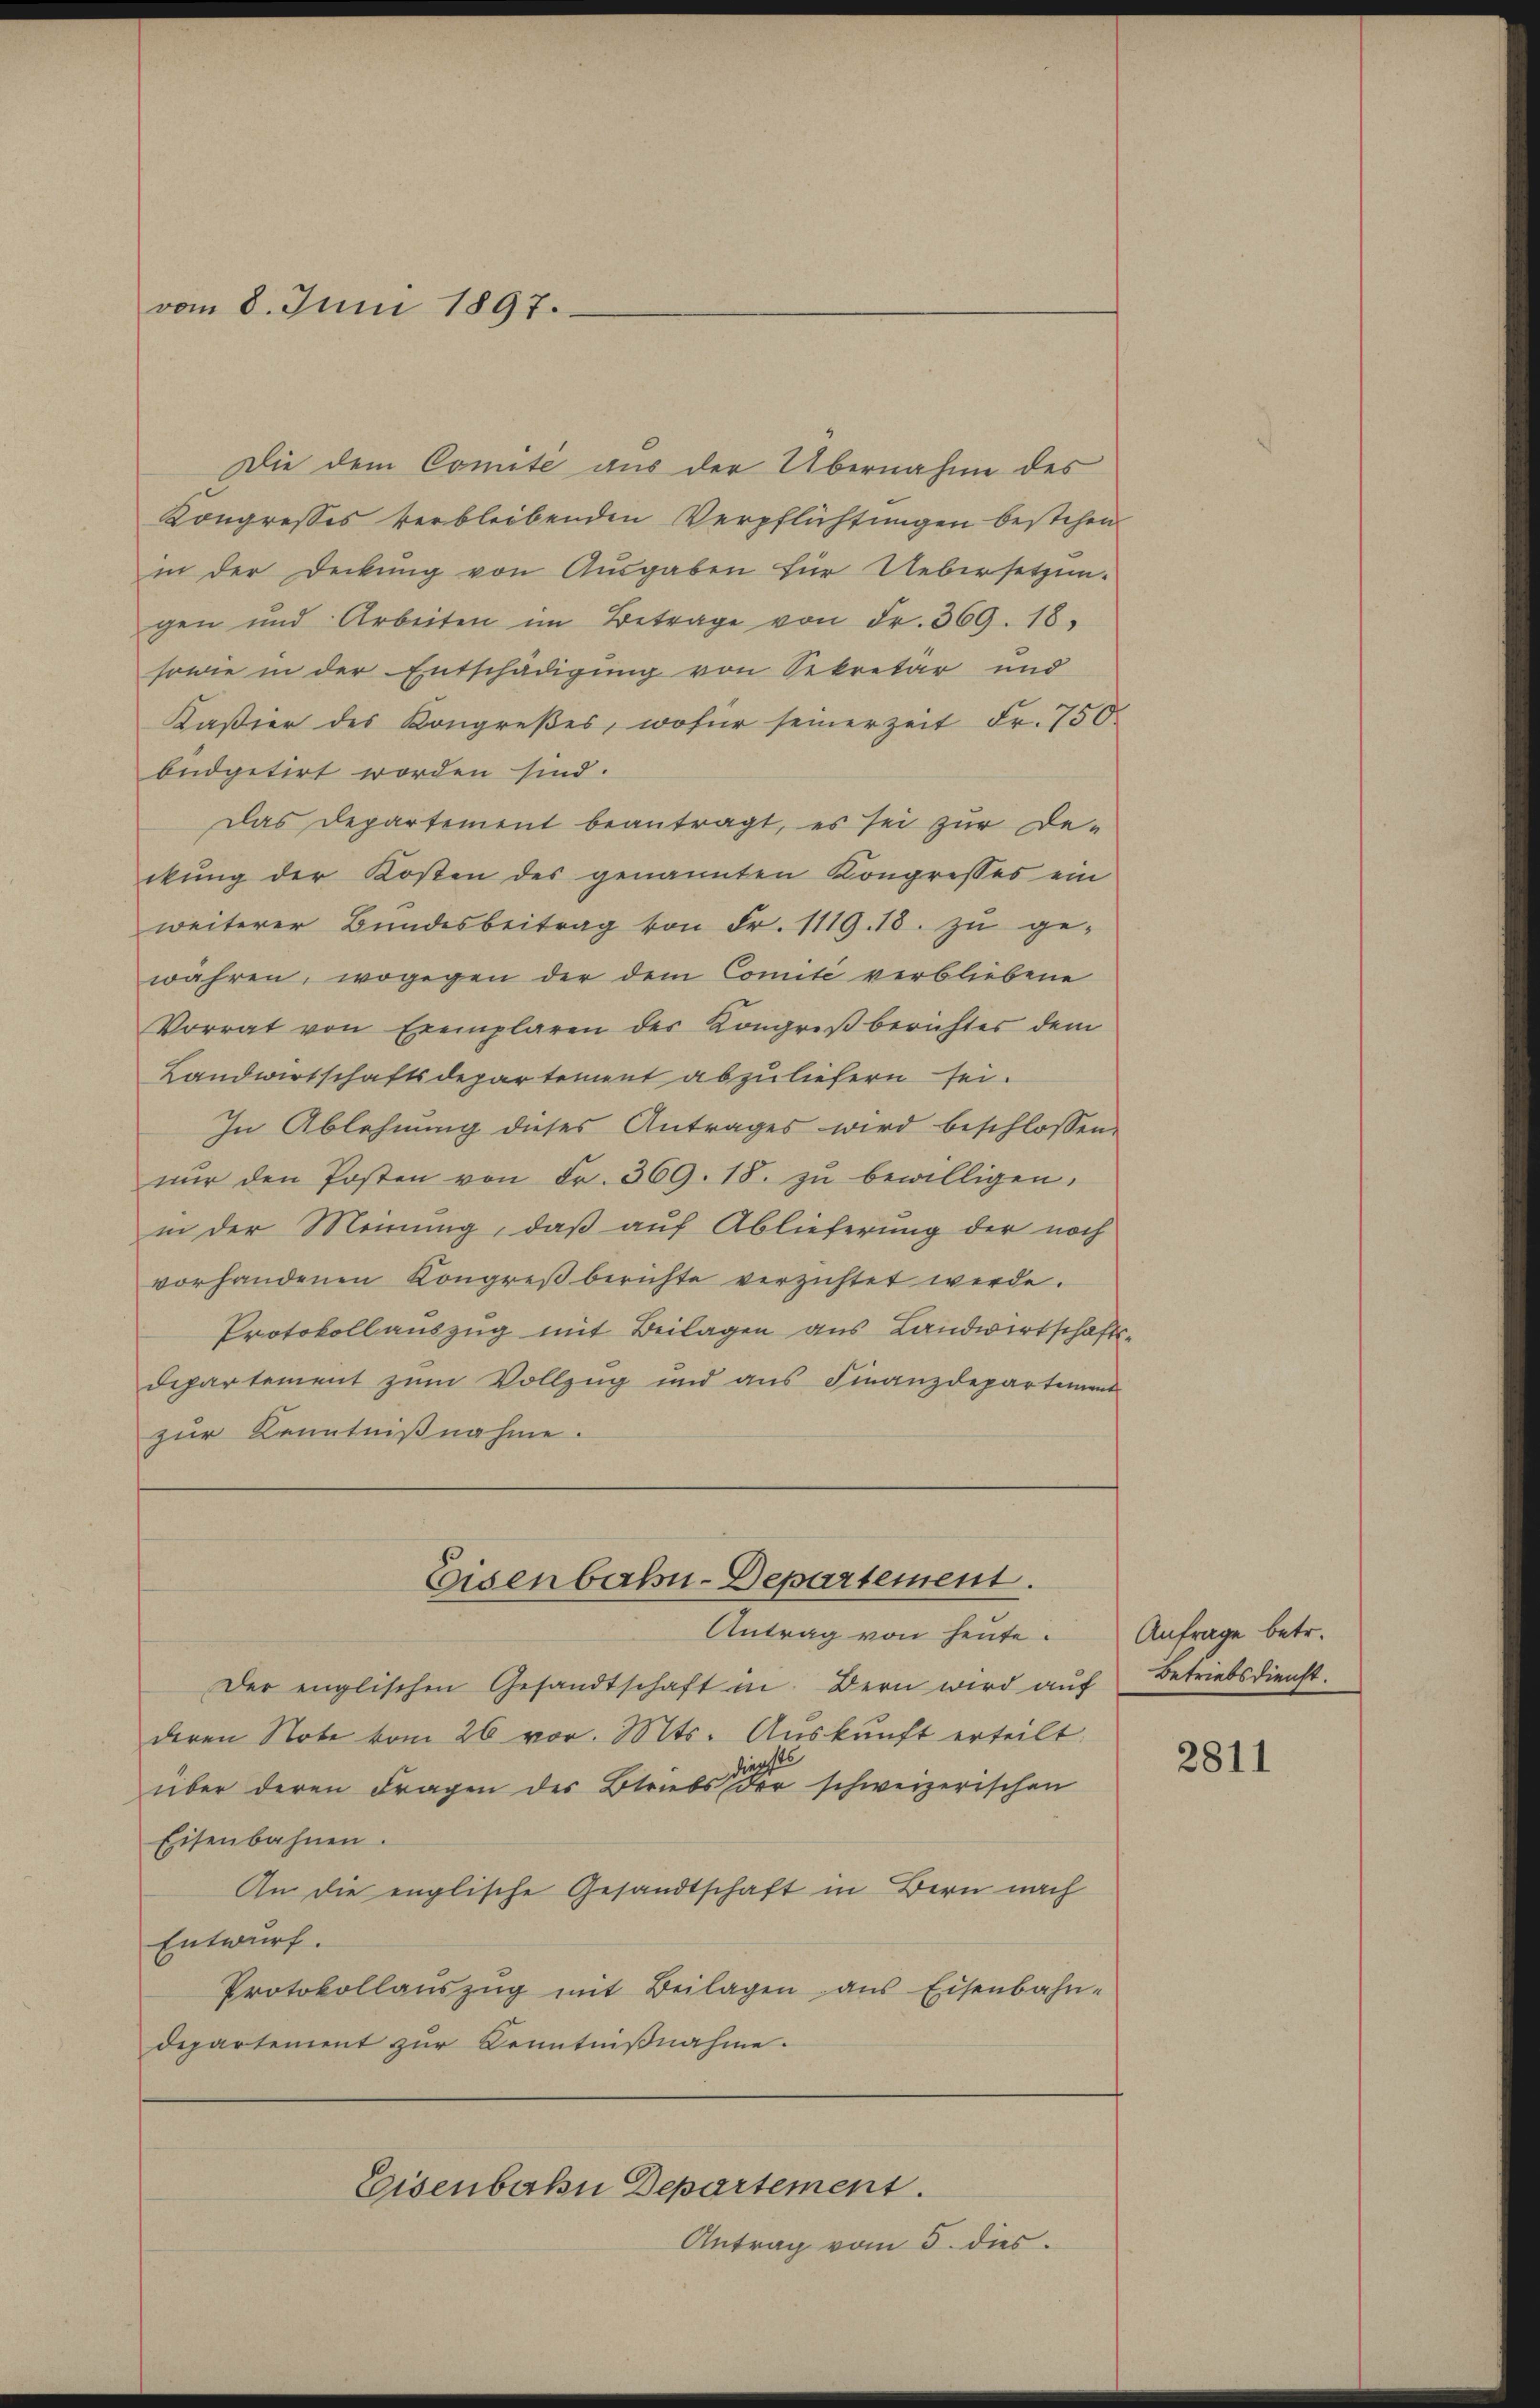
vom 8. Juni 1897.

Die dem Comité aus der Übernahme des
Kongresses verbleibenden Verpflichtungen bestehen
in der Deckung von Ausgaben für Uebersetzun-
gen und Arbeiten im Betrage von Fr. 369. 18.
sowie in der Entschädigung von Sekretär und
Kaßier des Kongreßes, wofür seinerzeit Fr. 750.
büdgetirt worden sind.
Das Departement beantragt, es sei zur De-
ikŭng der Kosten des genannten Kongresses ein
weiterer Bŭndesbeitrag von Fr. 1119. 18. zu ge-
währen, wogegen der dem Comité verbliebene
Vorrat von Exemplaren der Kongreß berichtes dem
Landwirtschaftsdepartement abzuliefern sei.
In Ablehnung dieses Antrages wird beschlossen,
nŭr den Posten von Fr. 369. 18. zŭ bewilligen.
in der Meinung, daß auf Ablieferung der noch
vorhandenen Kongreß berichte verzichtet werde.
Protokollauszug mit Beilagen aus Landwirtschaftsdepartement zum Vollzug und aus Finanzdepartemen
zur Kenntnißnahme.

Eisenbahn-Departement.
Antrag von heute.

Der englischen Gesandtschaft in Bern wird aŭf Betriebsdienst.
deren Note vom 26 vor. Mts. Auskunft erteilt.
iecht
über deren Fragen der Betriebs der schweizerischen
Eisenbahnen.
An die englische Gesandtschaft in Bern nach
Entwurf.
Protokollaŭszŭg mit Beilagen ans Eisenbahn-
departement zur Kenntnißnahme.

Eisenbahn Departement.

Antrag vom 5. dies

Anfrage betr.

2811